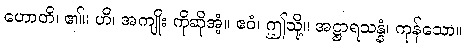
ဟောတိ၊ ၏။ ဟိ၊ အကျိုး ကိုဆိုအံ့။ ဧဝံ၊ ဤသို့။ အဋ္ဌာရသန္နံ၊ ကုန်သော။